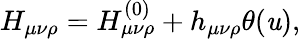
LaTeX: H_{\mu\nu\rho}=H_{\mu\nu\rho}^{(0)}+h_{\mu\nu\rho}\theta(\mathit{u}),